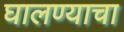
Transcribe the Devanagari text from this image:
घालण्‍याचा